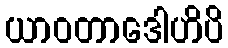
ယာဝတာဒေါဟိပိ